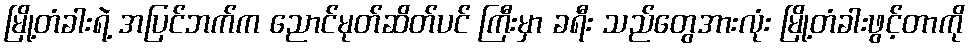
မြို့တံခါးရဲ့ အပြင်ဘက်က ညောင်မုတ်ဆိတ်ပင် ကြီးမှာ ခရီး သည်တွေအားလုံး မြို့တံခါးဖွင့်တာကို